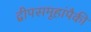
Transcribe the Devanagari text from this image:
द्वीपसमूहांपैकी